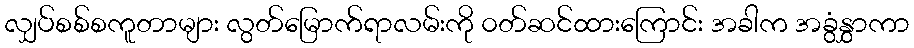
လျှပ်စစ်စကူတာများ လွတ်မြောက်ရာလမ်းကို ၀တ်ဆင်ထားကြောင်း အခါက အခွံနွှာကာ